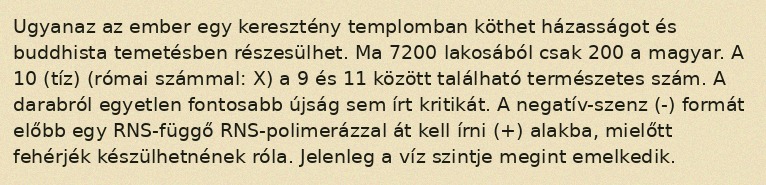
Ugyanaz az ember egy keresztény templomban köthet házasságot és buddhista temetésben részesülhet. Ma 7200 lakosából csak 200 a magyar. A 10 (tíz) (római számmal: X) a 9 és 11 között található természetes szám. A darabról egyetlen fontosabb újság sem írt kritikát. A negatív-szenz (-) formát előbb egy RNS-függő RNS-polimerázzal át kell írni (+) alakba, mielőtt fehérjék készülhetnének róla. Jelenleg a víz szintje megint emelkedik.